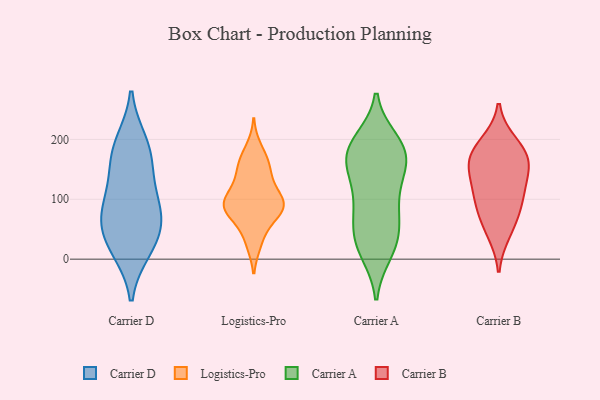
{"axis": {"x": "Energy Usage (MWh)", "y": "Value"}, "legend": ["Carrier A", "Carrier B", "Carrier D", "Logistics-Pro"], "data": [{"x": "", "y": 59, "type": "Carrier D"}, {"x": "", "y": 82, "type": "Carrier D"}, {"x": "", "y": 21, "type": "Carrier D"}, {"x": "", "y": 161, "type": "Carrier D"}, {"x": "", "y": 17, "type": "Carrier D"}, {"x": "", "y": 121, "type": "Carrier D"}, {"x": "", "y": 182, "type": "Carrier D"}, {"x": "", "y": 53, "type": "Carrier D"}, {"x": "", "y": 194, "type": "Carrier D"}, {"x": "", "y": 87, "type": "Carrier D"}, {"x": "", "y": 163, "type": "Logistics-Pro"}, {"x": "", "y": 94, "type": "Logistics-Pro"}, {"x": "", "y": 72, "type": "Logistics-Pro"}, {"x": "", "y": 106, "type": "Logistics-Pro"}, {"x": "", "y": 93, "type": "Logistics-Pro"}, {"x": "", "y": 157, "type": "Logistics-Pro"}, {"x": "", "y": 120, "type": "Logistics-Pro"}, {"x": "", "y": 184, "type": "Logistics-Pro"}, {"x": "", "y": 81, "type": "Logistics-Pro"}, {"x": "", "y": 84, "type": "Logistics-Pro"}, {"x": "", "y": 83, "type": "Logistics-Pro"}, {"x": "", "y": 28, "type": "Logistics-Pro"}, {"x": "", "y": 153, "type": "Logistics-Pro"}, {"x": "", "y": 136, "type": "Logistics-Pro"}, {"x": "", "y": 89, "type": "Logistics-Pro"}, {"x": "", "y": 91, "type": "Logistics-Pro"}, {"x": "", "y": 33, "type": "Logistics-Pro"}, {"x": "", "y": 42, "type": "Carrier A"}, {"x": "", "y": 128, "type": "Carrier A"}, {"x": "", "y": 151, "type": "Carrier A"}, {"x": "", "y": 23, "type": "Carrier A"}, {"x": "", "y": 155, "type": "Carrier A"}, {"x": "", "y": 58, "type": "Carrier A"}, {"x": "", "y": 11, "type": "Carrier A"}, {"x": "", "y": 174, "type": "Carrier A"}, {"x": "", "y": 155, "type": "Carrier A"}, {"x": "", "y": 196, "type": "Carrier A"}, {"x": "", "y": 45, "type": "Carrier A"}, {"x": "", "y": 184, "type": "Carrier A"}, {"x": "", "y": 172, "type": "Carrier A"}, {"x": "", "y": 14, "type": "Carrier A"}, {"x": "", "y": 87, "type": "Carrier A"}, {"x": "", "y": 198, "type": "Carrier A"}, {"x": "", "y": 98, "type": "Carrier A"}, {"x": "", "y": 88, "type": "Carrier A"}, {"x": "", "y": 188, "type": "Carrier A"}, {"x": "", "y": 157, "type": "Carrier B"}, {"x": "", "y": 92, "type": "Carrier B"}, {"x": "", "y": 119, "type": "Carrier B"}, {"x": "", "y": 156, "type": "Carrier B"}, {"x": "", "y": 69, "type": "Carrier B"}, {"x": "", "y": 45, "type": "Carrier B"}, {"x": "", "y": 180, "type": "Carrier B"}, {"x": "", "y": 110, "type": "Carrier B"}, {"x": "", "y": 193, "type": "Carrier B"}, {"x": "", "y": 166, "type": "Carrier B"}]}